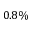
0 . 8 \%